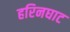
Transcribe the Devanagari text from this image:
हरिनघाट